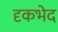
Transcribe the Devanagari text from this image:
दृकभेद